Vaccination in the Punjab 1883-1896 - 1883-1896
Year: 1883
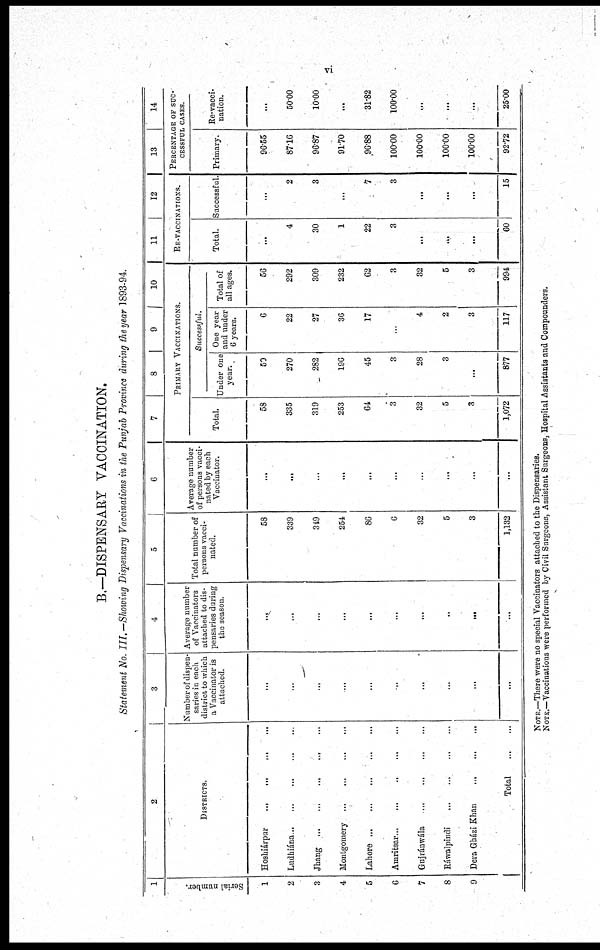
vi
B.—DISPENSARY VACCINATION.
Statement No. III.—Showing
Dispensary Vaccinations in the Punjab Province during the year 1893-94.
1
Serial number.
1
2
3
4
5
6
7
8
9
2
DISTRICTS.
Hoshiárpur
... ... ... ...
Ludhiána
...
...
...
...
...
Jhang
...
...
...
...
...
Montgomery
...
...
...
...
Lahore ... ... ... ... ...
Amritsar
...
...
...
...
Gujránwála
...
...
...
...
Ráwalpindi
...
...
...
...
Dera Gházi Khan
...
...
...
Total
...
...
3
Number of dispen-
saries in each
district to which
a Vaccinator is
attached.
...
...
...
...
...
...
...
...
...
...
4
Average number
of Vaccinators
attached to dis-
pensaries during
the season.
...
...
...
...
...
...
...
...
...
...
5
Total number of
persons vacci-
nated.
58
339
349
254
86
6
32
5
3
1,132
6
Average number
of persons vacci-
nated by each
Vaccinator.
...
...
...
...
...
...
...
...
...
...
7
8
9
10
PRIMARY VACCINATIONS.
Total.
58
335
319
253
64
3
32
5
3
1,072
Successful.
Under one
year.
50
270
282
196
45
3
28
3
...
877
One year
and under
6 years.
6
22
27
36
17
...
4
2
3
117
Total of
all ages.
56
292
309
232
62
3
32
5
3
994
11
12
RE-VACCINATIONS.
Total.
...
4
30
1
22
3
...
...
...
60
Successful.
...
2
3
...
7
3
...
...
...
15
13
14
PERCENTAGE OF SUC-
CESSFUL CASES.
Primary.
96.55
87.16
96.87
91.70
96.88
100.00
100.00
100.00
100.00
92.72
Re-vacci-
nation.
...
50.00
10.00
...
31.82
100.00
...
...
...
25.00
NOTE.—There were no special Vaccinators attached to the Dispensaries.
NOTE.—Vaccinations were performed by Civil Surgeons, Assistant Surgeons, Hospital Assistants and Compounders.